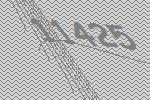
11425